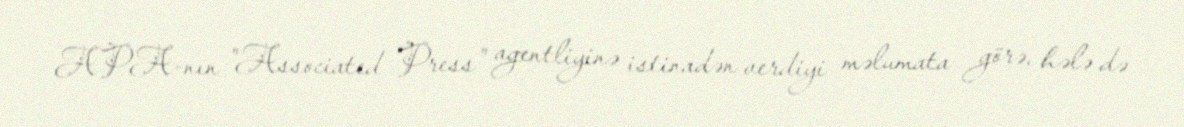
APA-nın "Associated Press" agentliyinə istinadən verdiyi məlumata görə, hələ də